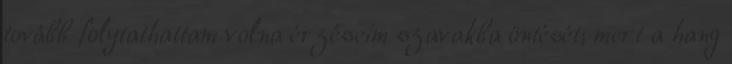
tovább folytathattam volna érzéseim szavakba öntését; mert a hang